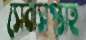
সেবাসপ্তাহ